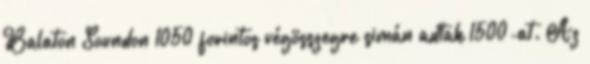
Balaton Soundon 1050 forintos végösszegre simán adtak 1500-at. Az